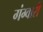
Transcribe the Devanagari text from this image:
गंग्वारी